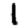
Digit: 1